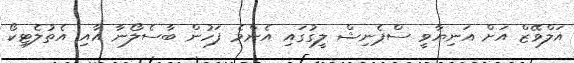
އަލްވޭޒް އަށް އަނިޔާވީ ސްޕެނިޝް ލީގުގައި އެންމެ ފަހުން ބާސެލޯނާ އާއި އެތުލެޓިކޯ